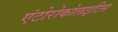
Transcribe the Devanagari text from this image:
एंटोरोकोलाइटिस